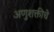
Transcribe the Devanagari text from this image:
अणुशक्तीचे